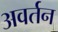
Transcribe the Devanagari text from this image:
अवर्तन